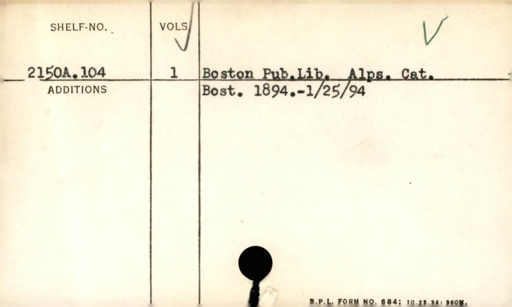
Label: content